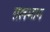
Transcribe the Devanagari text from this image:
तलभाग